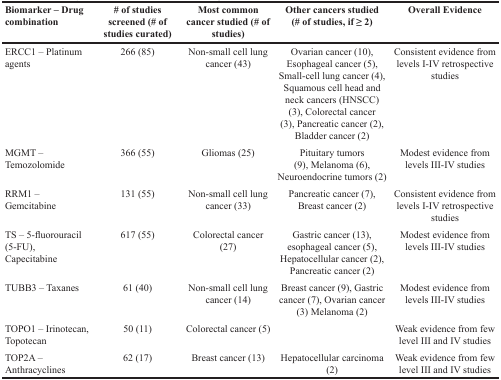
| Biomarker – Drug combination | # of studies screened (# of studies curated) | Most common cancer studied (# of studies) | Other cancers studied (# of studies, if ≥ 2) | Overall Evidence |
 | --- | --- | --- | --- | --- |
 | ERCC1 – Platinum agents | 266 (85) | Non-small cell lung cancer (43) | Ovarian cancer (10), Esophageal cancer (5), Small-cell lung cancer (4), Squamous cell head and neck cancers (HNSCC) (3), Colorectal cancer (3), Pancreatic cancer (2), Bladder cancer (2) | Consistent evidence from levels I-IV retrospective studies |
 | MGMT – Temozolomide | 366 (55) | Gliomas (25) | Pituitary tumors (9), Melanoma (6), Neuroendocrine tumors (2) | Modest evidence from levels III-IV studies |
 | RRM1 – Gemcitabine | 131 (55) | Non-small cell lung cancer (33) | Pancreatic cancer (7), Breast cancer (2) | Consistent evidence from levels I-IV retrospective studies |
 | TS – 5-fluorouracil (5-FU), Capecitabine | 617 (55) | Colorectal cancer (27) | Gastric cancer (13), esophageal cancer (5), Hepatocellular cancer (2), Pancreatic cancer (2) | Modest evidence from levels III-IV studies |
 | TUBB3 – Taxanes | 61 (40) | Non-small cell lung cancer (14) | Breast cancer (9), Gastric cancer (7), Ovarian cancer (3) Melanoma (2) | Modest evidence from levels III-IV studies |
 | TOPO1 – Irinotecan, Topotecan | 50 (11) | Colorectal cancer (5) |  | Weak evidence from few level III and IV studies |
 | TOP2A – Anthracyclines | 62 (17) | Breast cancer (13) | Hepatocellular carcinoma (2) | Weak evidence from few level III and IV studies |